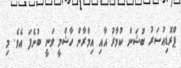
ޕްރޮޑިއުސަރު ބުޝަން ކުމާރު އާއި އިމްރާން ހާޝްމީ ވަނީ ބުނެފަ އެވެ. މި